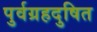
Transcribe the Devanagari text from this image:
पुर्वग्रहदुषित